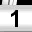
Digit: 1